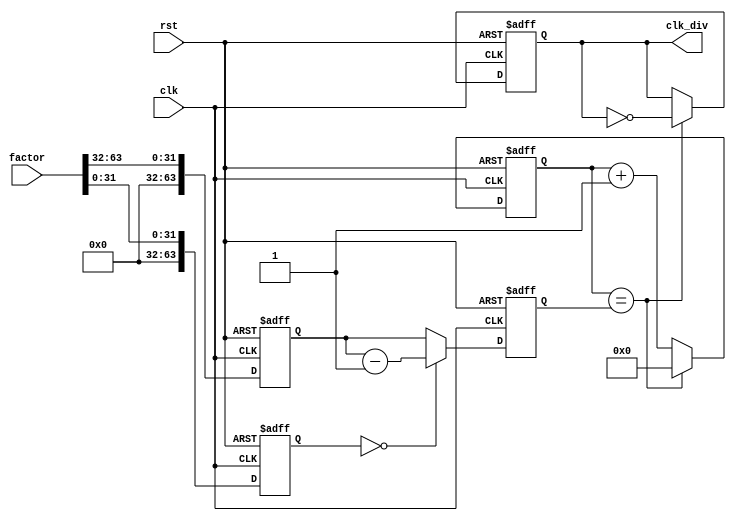
module floating_point_clock_divider(
  input clk,
  input rst,
  input [63:0] factor,
  output reg clk_div
);

reg [63:0] count;
reg [63:0] divisor;
reg clk_sync;
reg [63:0] factor_int;
reg [63:0] factor_frac;

always @(posedge clk or posedge rst) begin
  if (rst) begin
    count <= 0;
    clk_sync <= 0;
    divisor <= 0;
    factor_int <= 0;
    factor_frac <= 0;
  end else begin
    count <= count + 1;
    
    // Synchronize input factor
    factor_int <= factor[63:32];
    factor_frac <= factor[31:0];
    
    if (count == divisor) begin
      count <= 0;
      clk_sync <= ~clk_sync;
    end
    
    if (factor_frac == 0) begin
      divisor <= factor_int - 1;
    end else begin
      divisor <= factor_int;
    end
  end
end

assign clk_div = clk_sync;

endmodule